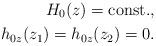
LaTeX: \begin{align*}H_0(z)={\rm const.},\\ h_{0z}(z_1)=h_{0z}(z_2)=0.\end{align*}